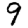
Digit: 9